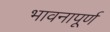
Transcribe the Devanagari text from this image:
भावनापूर्ण